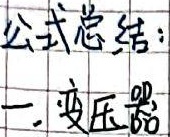
公式总结：一、变压器